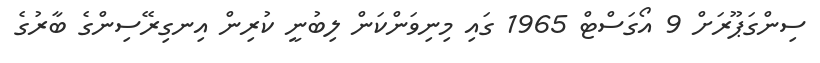
ސިންގަޕޫރަށް 9 އޯގަސްޓް 1965 ގައި މިނިވަންކަން ލިބުނީ ކުރިން އިނގިރޭސިންގެ ބާރުގެ